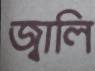
জ্বালি